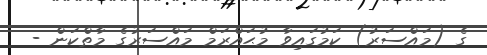
ގެ (މައްސަރު) ކަމުގައިވާ މުޙައްރަމް މައްސަރުގެ މާތްކަން -